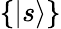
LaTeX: \{ |s\rangle\}